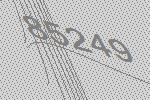
85249